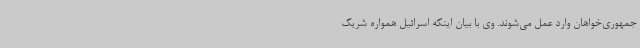
جمهوری‌خواهان وارد عمل می‌شوند. وی با بیان اینکه اسرائیل همواره شریک